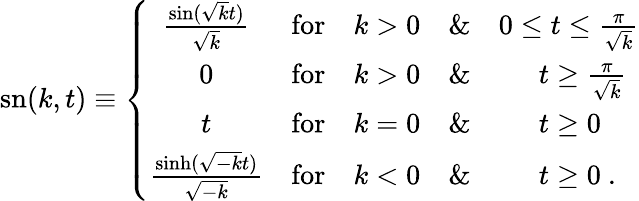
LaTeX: \operatorname{sn}(k,t)\equiv\left\{ \begin{array}{ccccl}{\frac{\sin(\sqrt{k}t)}{\sqrt{k}}}&{\textrm{for}}&{k>0}&{\& }&{0\leq t\leq\frac{\pi}{\sqrt{k}}}\\ {0}&{\textrm{for}}&{k>0}&{\& }&{\ \, \ \ \ \ t\geq\frac{\pi}{\sqrt{k}}}\\ {t}&{\textrm{for}}&{k=0}&{\& }&{\ \ \ \ \ \, t\geq 0}\\ {\frac{\sinh(\sqrt{-k}t)}{\sqrt{-k}}}&{\textrm{for}}&{k<0}&{\& }&{\ \ \ \ \ \, t\geq 0\ .}\end{array}\right.